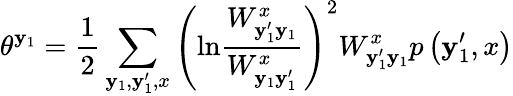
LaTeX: \theta^{\mathbf{y}_{1}}=\frac{{1}}{{2}}\sum_{\mathbf{y}_{1},\mathbf{y}_{1}^{\prime},x}\left(\mathrm{{ln}}\frac{{W_{\mathbf{y}_{1}^{\prime}\mathbf{y}_{1}}^{x}}}{{W_{\mathbf{y}_{1}\mathbf{y}_{1}^{\prime}}^{x}}}\right)^{2}W_{\mathbf{y}_{1}^{\prime}\mathbf{y}_{1}}^{x}p\left(\mathbf{y}_{1}^{\prime},x\right)